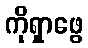
ကိုရှာဖွေ